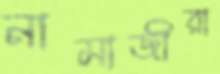
নামাজীরা